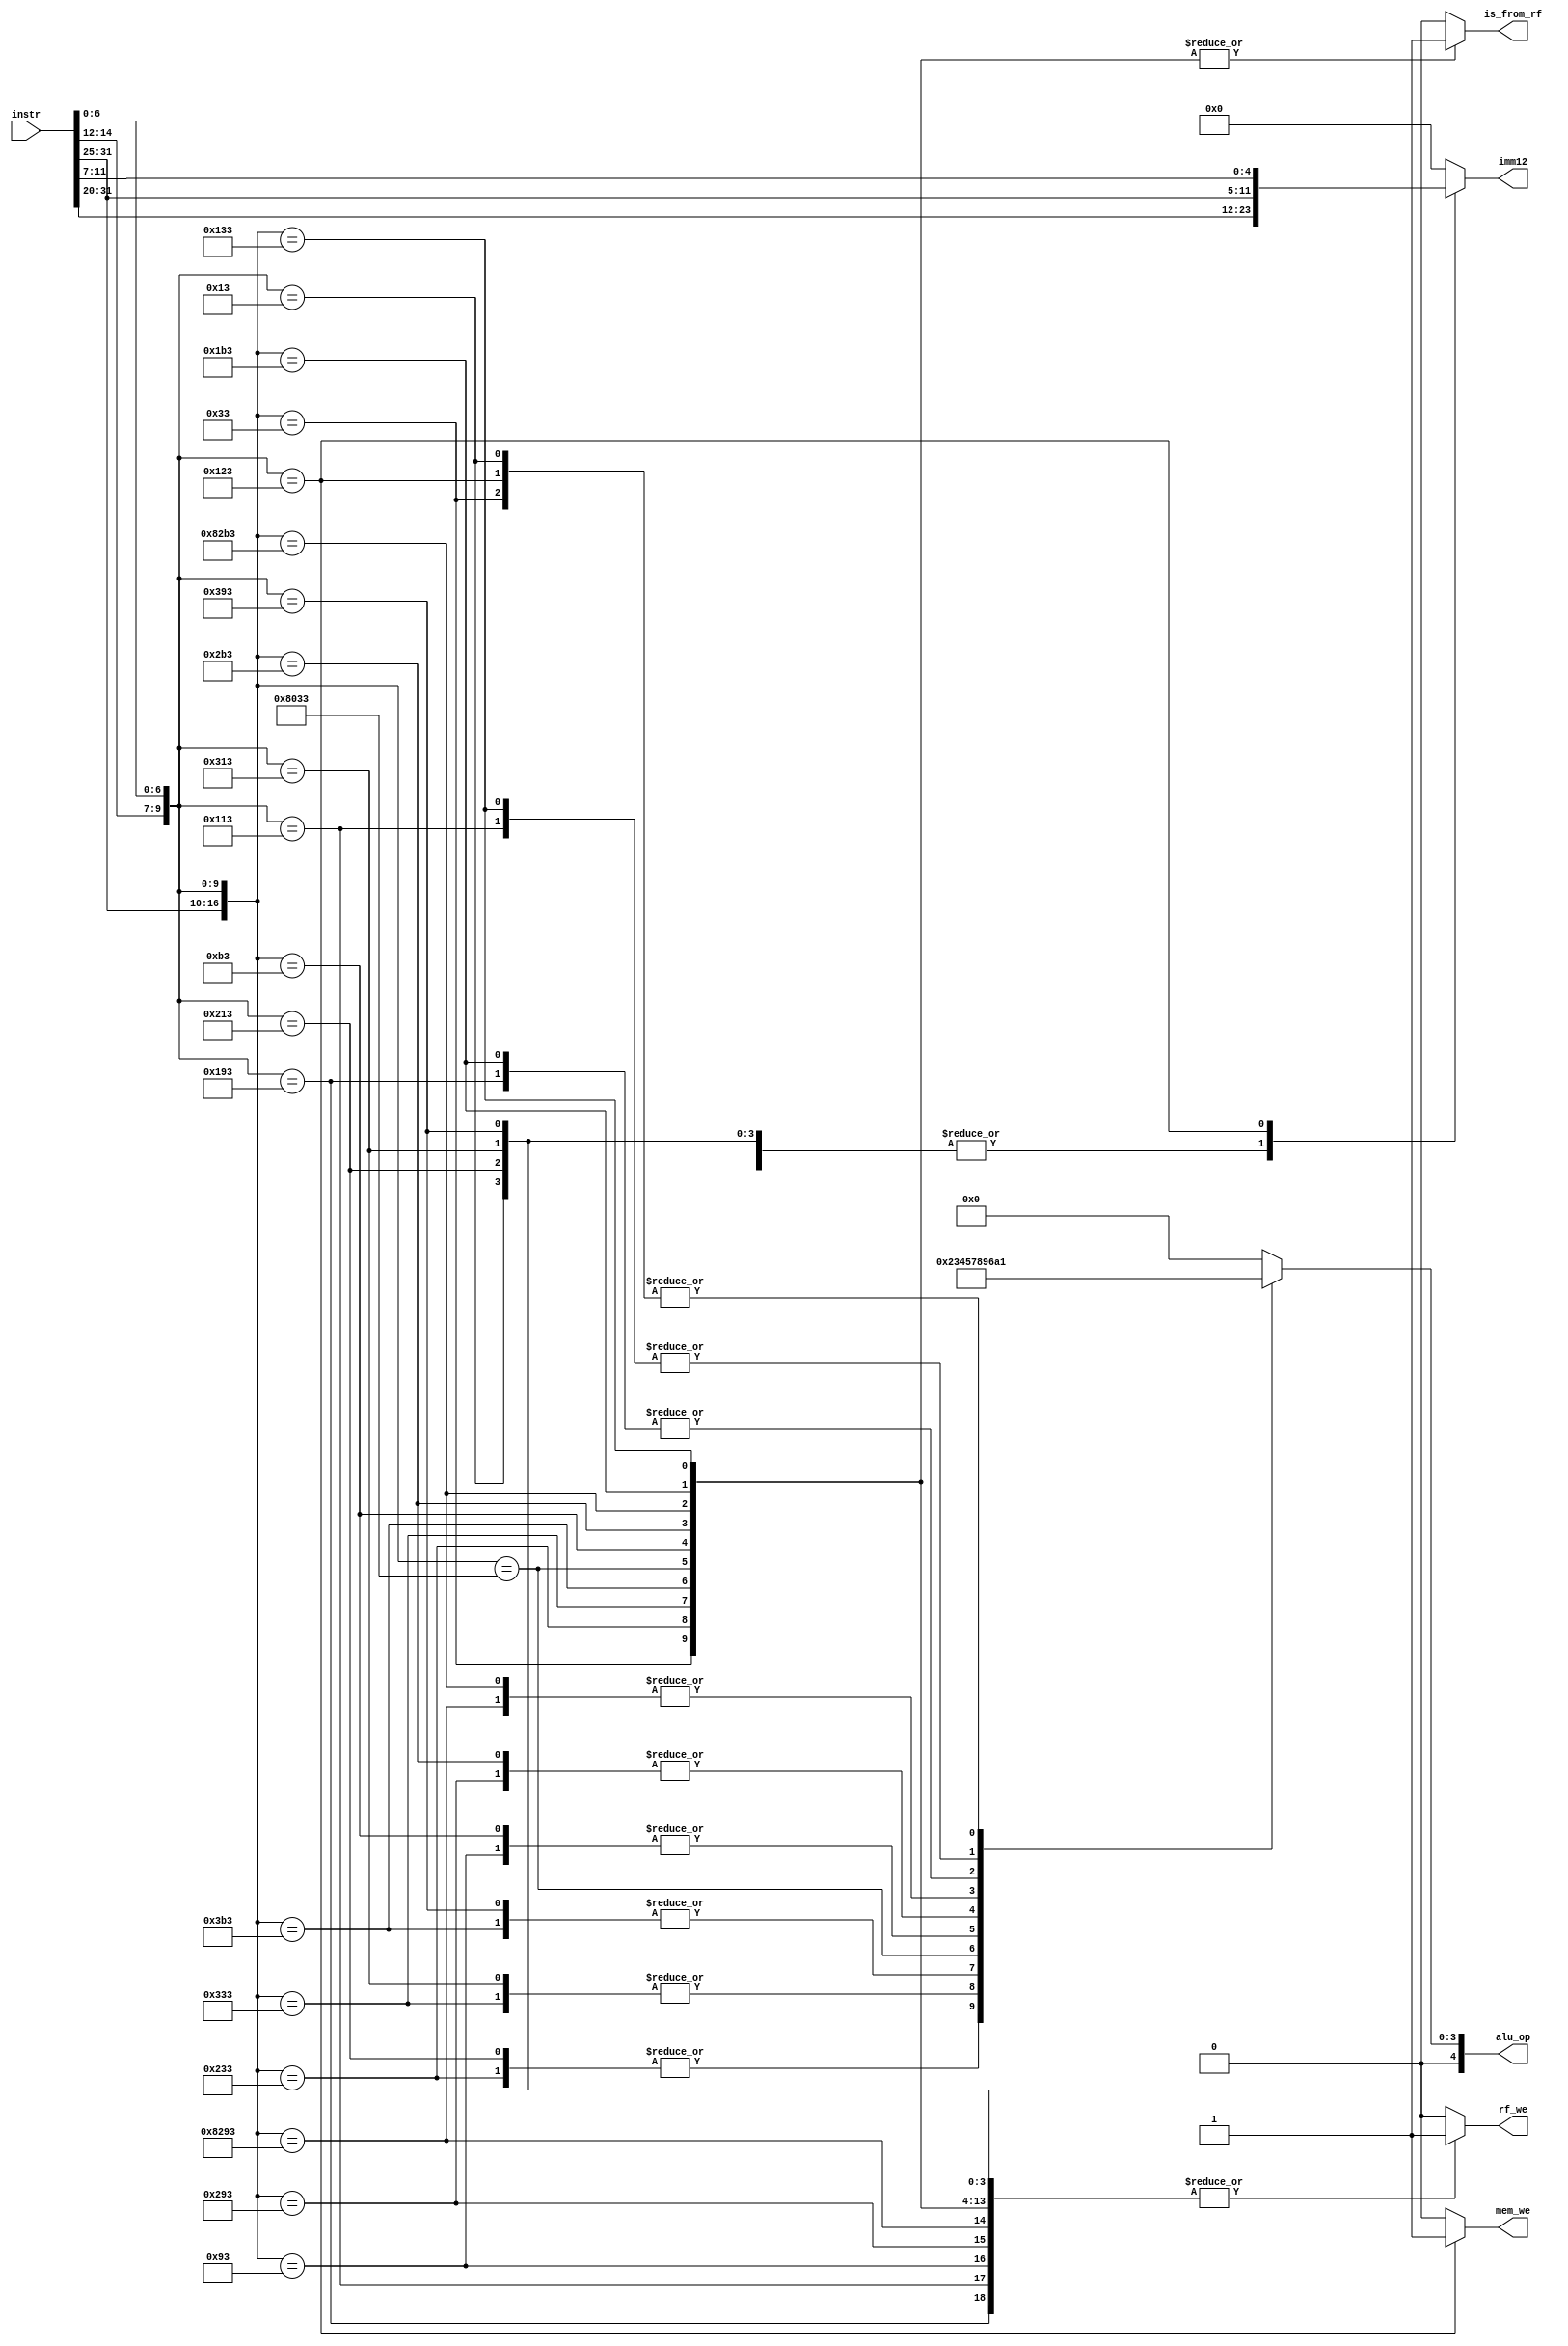
module control(
  input [31:0]instr,

  output reg is_from_rf,
  output reg [11:0]imm12,
  output reg [4:0]alu_op,
  output reg rf_we,   // register file write enable
  output reg mem_we   // memory write enable
);

wire [6:0]opcode = instr[6:0];
wire [2:0]funct3 = instr[14:12];
wire [4:0]funct5 = instr[31:27];
wire [1:0]funct2 = instr[26:25];

always @(*) begin
  rf_we = 1'b0;
  alu_op = 5'b0;
  imm12 = 12'b0;
  is_from_rf = 1'b0;
  mem_we = 1'b0;

  casez ({funct5, funct2, funct3, opcode})
    17'bzzzzz_zz_000_0010011: begin // ADDI
      rf_we = 1'b1;
      alu_op = 5'h1;
      imm12 = instr[31:20];
      end
    17'bzzzzz_zz_100_0010011: begin // XORI
      rf_we = 1'b1;
      alu_op = 5'h2;
      imm12 = instr[31:20];
      end
    17'bzzzzz_zz_110_0010011: begin // ORI
      rf_we = 1'b1;
      alu_op = 5'h3;
      imm12 = instr[31:20];
      end
    17'bzzzzz_zz_111_0010011: begin // ANDI
      rf_we = 1'b1;
      alu_op = 5'h4;
      imm12 = instr[31:20];
      end
    17'bzzzzz_zz_011_0010011: begin // SLTIU
      rf_we = 1'b1;
      alu_op = 5'h6;
      imm12 = instr[31:20];
      end
    17'bzzzzz_zz_010_0010011: begin // SLTI
      rf_we = 1'b1;
      alu_op = 5'hA;
      imm12 = instr[31:20];
      end
    17'b00000_00_001_0010011: begin // SLLI
      rf_we = 1'b1;
      alu_op = 5'h7;
      imm12 = instr[31:20];
      end
    17'b00000_00_101_0010011: begin // SRLI
      rf_we = 1'b1;
      alu_op = 5'h8;
      imm12 = instr[31:20];
      end
    17'b01000_00_101_0010011: begin // SRAI
      rf_we = 1'b1;
      alu_op = 5'h9;
      imm12 = instr[31:20];
      end
    17'b00000_00_000_0110011: begin // ADD
      rf_we = 1'b1;
      alu_op = 5'h1;
      is_from_rf = 1'b1;
      end
    17'b00000_00_100_0110011: begin // XOR
      rf_we = 1'b1;
      alu_op = 5'h2;
      is_from_rf = 1'b1;
      end
    17'b00000_00_110_0110011: begin // OR
      rf_we = 1'b1;
      alu_op = 5'h3;
      is_from_rf = 1'b1;
      end
    17'b00000_00_111_0110011: begin // AND
      rf_we = 1'b1;
      alu_op = 5'h4;
      is_from_rf = 1'b1;
      end
    17'b01000_00_000_0110011: begin // SUB
      rf_we = 1'b1;
      alu_op = 5'h5;
      is_from_rf = 1'b1;
      end
    17'b00000_00_001_0110011: begin // SLL
      rf_we = 1'b1;
      alu_op = 5'h7;
      is_from_rf = 1'b1;
      end
    17'b00000_00_101_0110011: begin // SRL
      rf_we = 1'b1;
      alu_op = 5'h8;
      is_from_rf = 1'b1;
      end
    17'b01000_00_101_0110011: begin // SRA
      rf_we = 1'b1;
      alu_op = 5'h9;
      is_from_rf = 1'b1;
      end
    17'b00000_00_011_0110011: begin // SLTU
      rf_we = 1'b1;
      alu_op = 5'h6;
      is_from_rf = 1'b1;
      end
    17'b00000_00_010_0110011: begin // SLT
      rf_we = 1'b1;
      alu_op = 5'hA;
      is_from_rf = 1'b1;
      end
    17'bzzzzz_zz_010_0100011: begin // SW
      alu_op = 5'h1;
      mem_we = 1'b1;
      imm12 = {instr[31:25], instr[11:7]};
      end
    default: ;
  endcase
end

endmodule